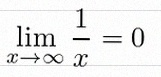
\lim_{x\to\infty}\frac{1}{x}=0